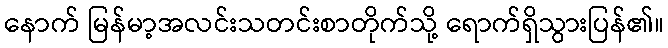
နောက် မြန်မာ့အလင်းသတင်းစာတိုက်သို့ ရောက်ရှိသွားပြန်၏။